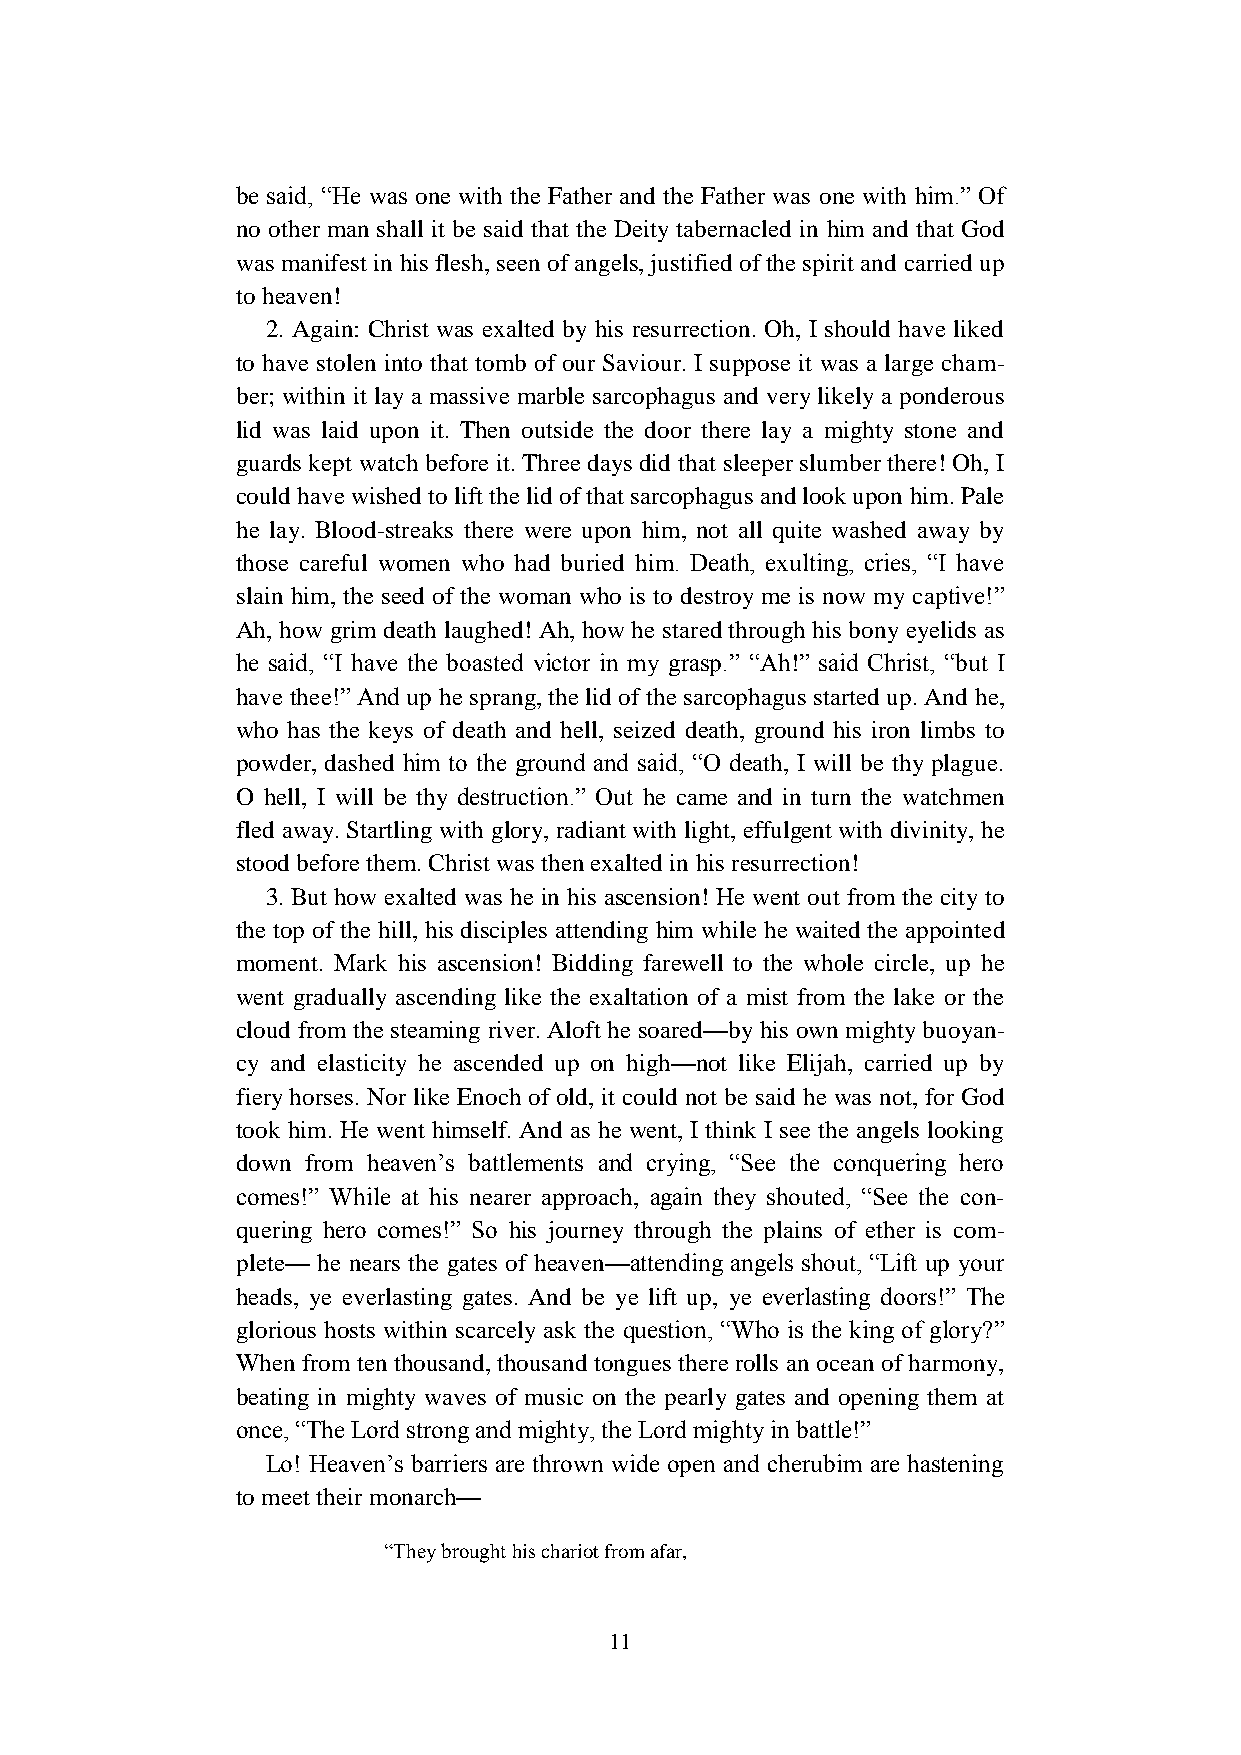
be said, “He was one with the Father and the Father was one with him.” Of
 no other man shall it be said that the Deity tabernacled in him and that God
 was manifest in his flesh, seen of angels, justified of the spirit and carried up
 to heaven!
 2. Again: Christ was exalted by his resurrection. Oh, I should have liked
 to have stolen into that tomb of our Saviour. I suppose it was a large cham-
 ber; within it lay a massive marble sarcophagus and very likely a ponderous
 lid was laid upon it. Then outside the door there lay a mighty stone and
 guards kept watch before it. Three days did that sleeper slumber there! Oh, I
 could have wished to lift the lid of that sarcophagus and look upon him. Pale
 he lay. Blood-streaks there were upon him, not all quite washed away by
 those careful women who had buried him. Death, exulting, cries, “I have
 slain him, the seed of the woman who is to destroy me is now my captive!”
 Ah, how grim death laughed! Ah, how he stared through his bony eyelids as
 he said, “I have the boasted victor in my grasp.” “Ah!” said Christ, “but I
 have thee!” And up he sprang, the lid of the sarcophagus started up. And he,
 who has the keys of death and hell, seized death, ground his iron limbs to
 powder, dashed him to the ground and said, “O death, I will be thy plague.
 O hell, I will be thy destruction.” Out he came and in turn the watchmen
 fled away. Startling with glory, radiant with light, effulgent with divinity, he
 stood before them. Christ was then exalted in his resurrection!
 3. But how exalted was he in his ascension! He went out from the city to
 the top of the hill, his disciples attending him while he waited the appointed
 moment. Mark his ascension! Bidding farewell to the whole circle, up he
 went gradually ascending like the exaltation of a mist from the lake or the
 cloud from the steaming river. Aloft he soared—by his own mighty buoyan-
 cy and elasticity he ascended up on high—not like Elijah, carried up by
 fiery horses. Nor like Enoch of old, it could not be said he was not, for God
 took him. He went himself. And as he went, I think I see the angels looking
 down from heaven’s battlements and crying, “See the conquering hero
 comes!” While at his nearer approach, again they shouted, “See the con-
 quering hero comes!” So his journey through the plains of ether is com-
 plete— he nears the gates of heaven—attending angels shout, “Lift up your
 heads, ye everlasting gates. And be ye lift up, ye everlasting doors!” The
 glorious hosts within scarcely ask the question, “Who is the king of glory?”
 When from ten thousand, thousand tongues there rolls an ocean of harmony,
 beating in mighty waves of music on the pearly gates and opening them at
 once, “The Lord strong and mighty, the Lord mighty in battle!”
 Lo! Heaven’s barriers are thrown wide open and cherubim are hastening
 to meet their monarch—
 “They brought his chariot from afar,
 11